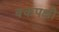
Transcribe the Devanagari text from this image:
बकपक्षी